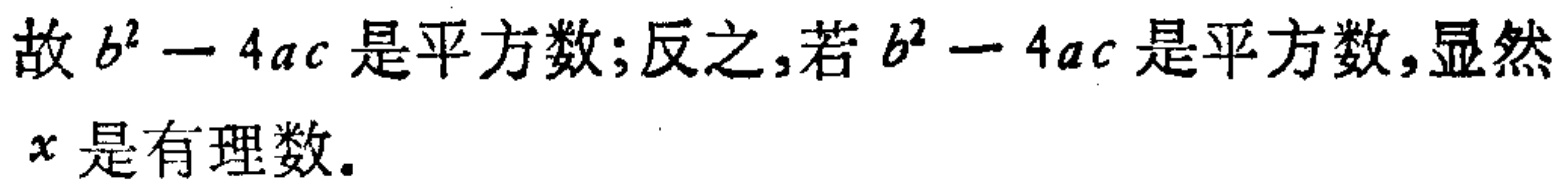
故 \(b^{2}-4ac\) 是平方数;反之,若 \(b^{2}-4ac\) 是平方数,显然 \(x\) 是有理数.